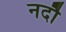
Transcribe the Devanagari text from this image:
नदौ